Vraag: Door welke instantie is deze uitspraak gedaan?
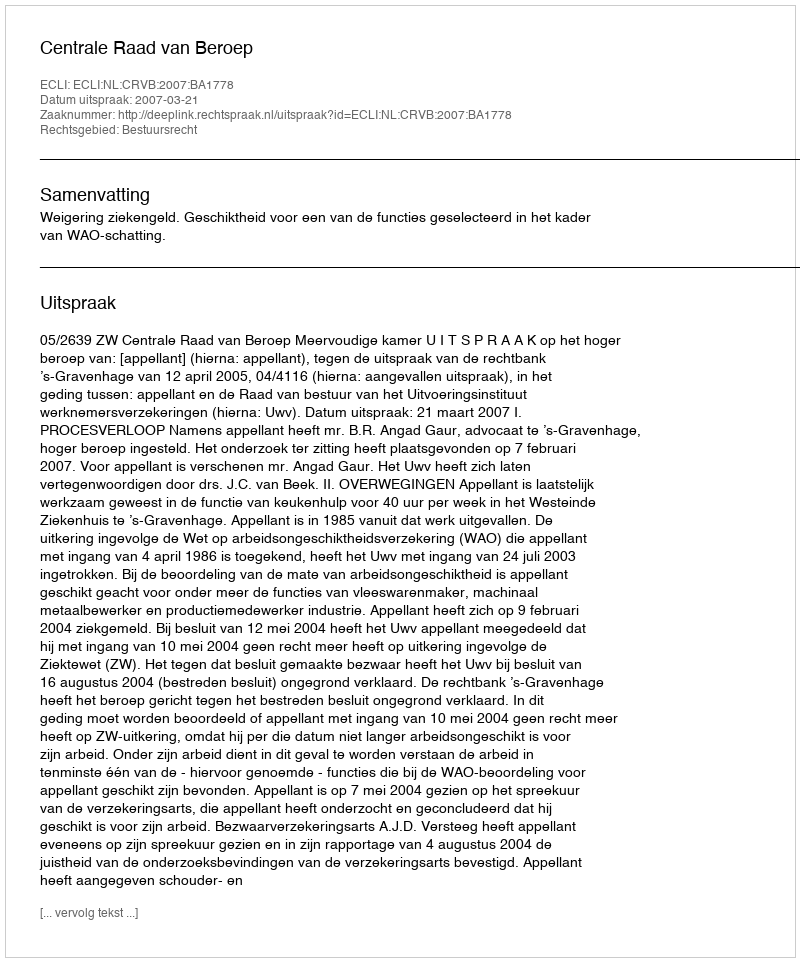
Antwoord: Centrale Raad van Beroep